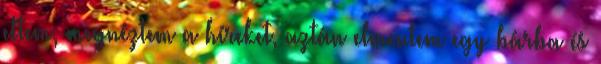
ettem, megnéztem a híreket, aztán elmentem egy bárba és